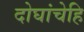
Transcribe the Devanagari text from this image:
दोघांचेहि